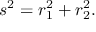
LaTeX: s ^ { 2 } = r _ { 1 } ^ { 2 } + r _ { 2 } ^ { 2 } .